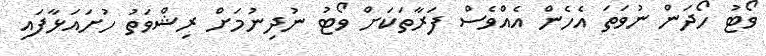
ވޯޓު ހޯދަން ނުވަތަ އެހެން އެއްވެސް ފަރާތަކަށް ވޯޓު ނުދިނުމަށް ރިޝްވަތު ހުށައަޅާފައި